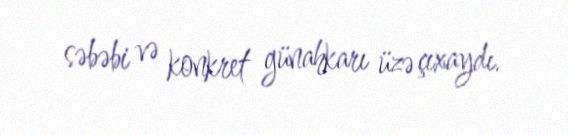
səbəbi və konkret günahkarı üzə çıxaydı.